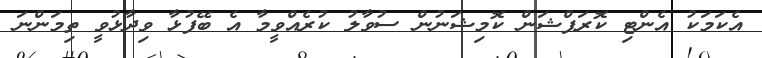
އެކަމަކު އެންޓި ކޮރަޕްޝަން ކޮމިޝަނުން ސުވާލު ކުރެއްވީމާ އެ ބޭފުޅާ ވިދާޅުވީ ތިމަންނަ